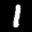
Label: 1